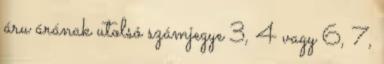
áru árának utolsó számjegye 3, 4 vagy 6, 7,